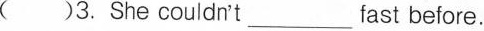
()3. She couldnt___fast before.